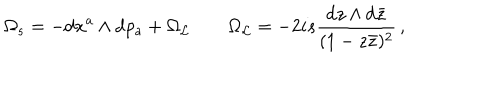
\Omega _ { s } = - \mathrm { d } x ^ { a } \wedge \mathrm { d } p _ { a } + \Omega _ { \cal L } \qquad \Omega _ { \cal L } = - 2 i s \frac { \mathrm { d } z \wedge \mathrm { d } \bar { z } } { ( 1 - z \bar { z } ) ^ { 2 } } \, ,